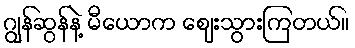
ဂျွန်ဆွန်နဲ့ မီယောက ဈေးသွားကြတယ်။